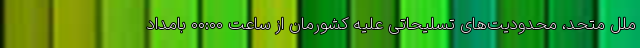
ملل متحد، محدودیت‌های تسلیحاتی علیه کشورمان از ساعت ۰۰:۰۰ بامداد